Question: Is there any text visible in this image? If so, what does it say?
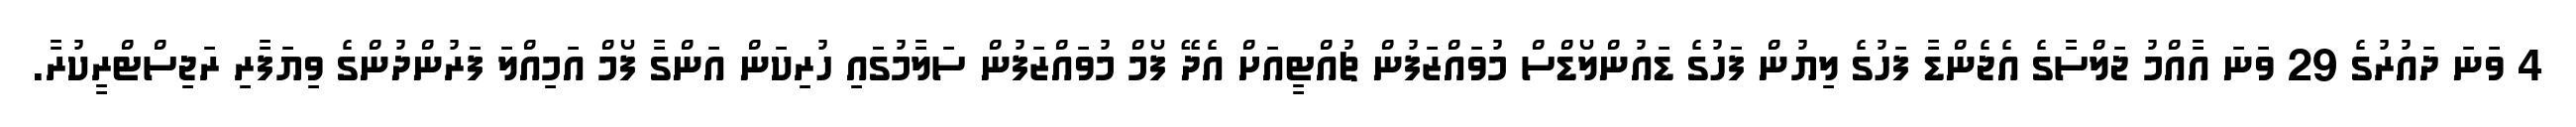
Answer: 4 ވަނަ ދައުރުގެ 29 ވަނަ އާއްމު ޖަލްސާގެ އެޖެންޑާ ފަހުގެ ލިޔުން ފަހުގެ ޑައުންލޯޑްސް މުވައްޒަފުން ޗުއްޓީއަށް އެދޭ ފޯމް މުވައްޒަފުން ސަލާމުގަައި ހުރިކަން އަންގާ ފޯމް އަމިއްލަ ފަރުންދުންގެ ވިޔަފާރި ރަޖިސްޓްރީކުރާ.